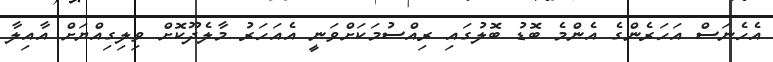
އެހެނަސް އަހަރެންގެ އެންމެ ބޮޑު ބޮލުގައި ރިއްސުމަކަށްވަނީ އެއަހަރު މާލެދޫކޮށް ވިލިގިއްޔަށް އާއިލާ